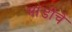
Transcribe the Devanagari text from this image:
मांडीचे